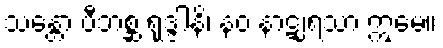
သန္တော ဗီဘစ္ဆ ရုဒ္ဒါနိ၊ နဝ နာဋျရသာ ဣမေ။